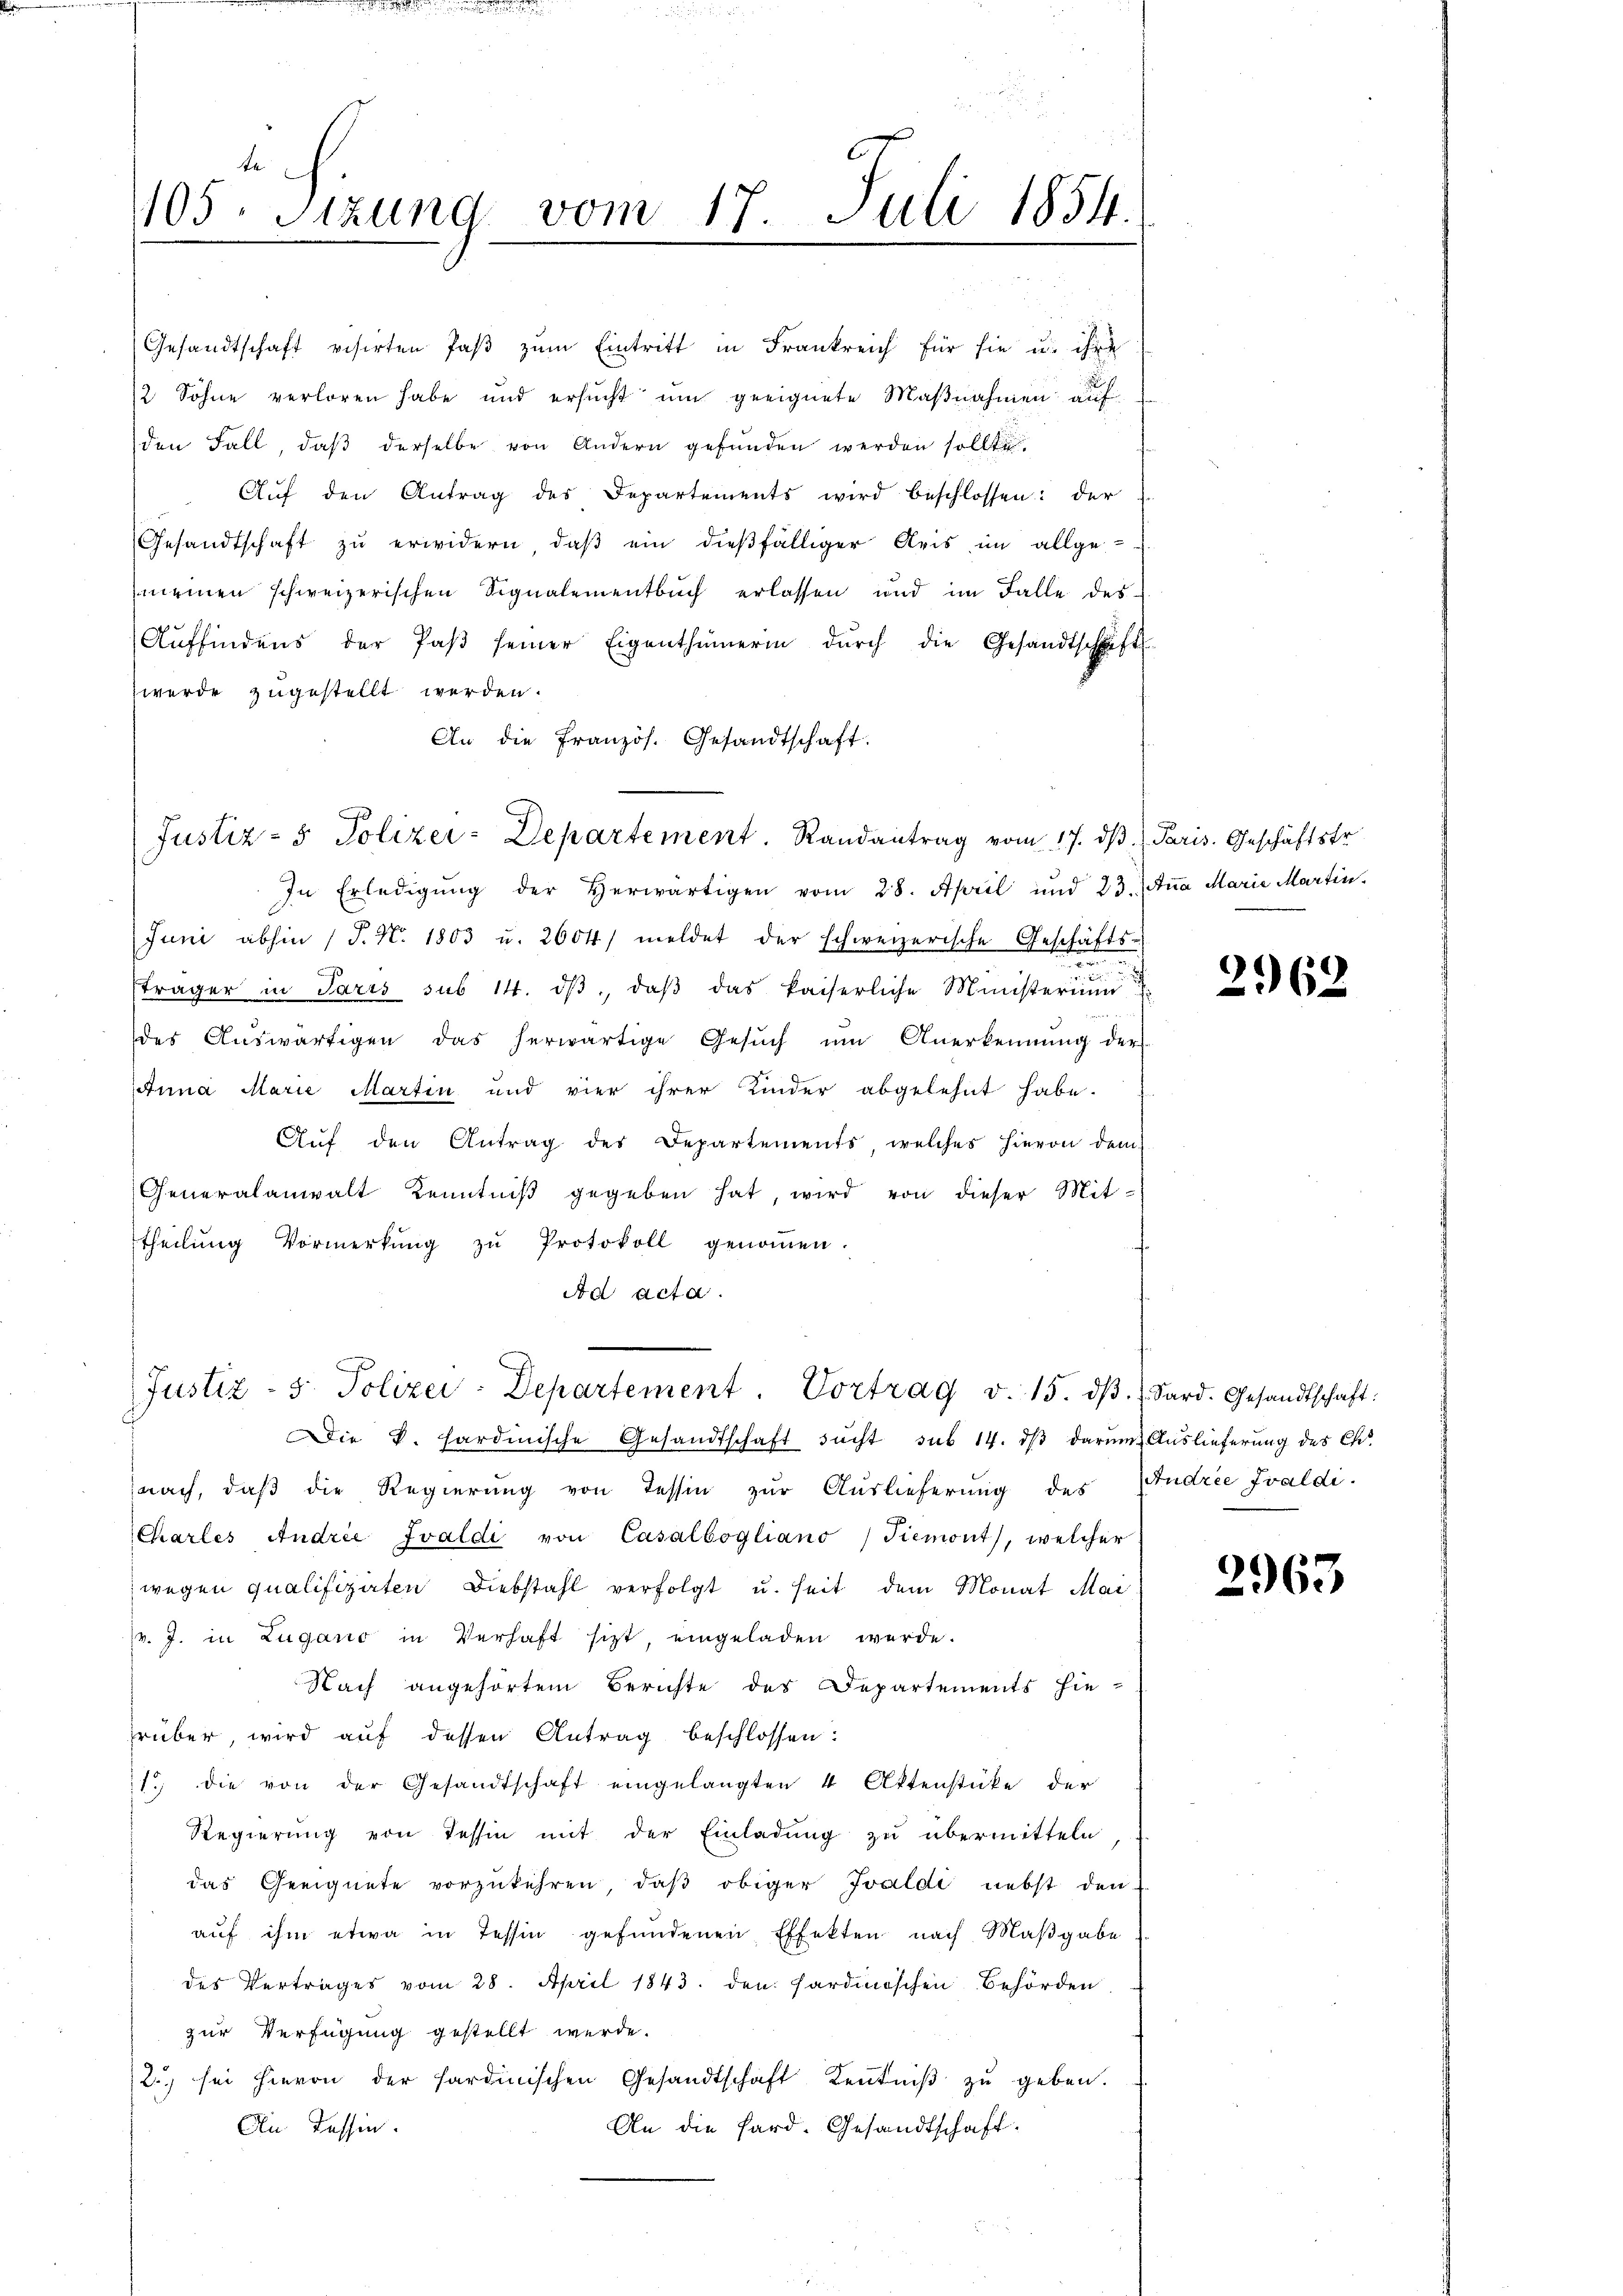
te
105. Sizung vom 17. Juli 1854.
e

An die Französ. Gesandtschaft.
Justiz- & Polizei-Departement. Randantrag vom 17. dβ.  Paris. Geschäftstr.
In Erledigŭng der herwärtigen vom 28. April und 23. Aṅa Marie Martin
Juni abhin 1 S. Nr. 1803 u. 2604/ meldet der schweizerische Geschäfts-
sträger in Paris sub 14. dβ, daβ das kaiserliche Ministerium
des Aŭswärtigen das herwärtige Gesŭch ŭm Anerkennung der
Anna Marie Martin und vier ihrer Kinder abgelehnt habe.
Aŭf den Antrag des Departements, welches hievon dem
Generalanwalt Kenntniß gegeben hat, wird von dieser Mittheilŭng Vormerkŭng zŭ Protokoll genoṁen.
Ad acta.

Gesandtschaft visirten Paß zum Eintritt in Frankreich für sie u. ihre
2 Söhne verloren habe und ersŭcht ŭm geeignete Maβnahmen auf
den Fall, daß derselbe von Andern gefunden werden sollte.
Aŭf den Antrag des Departements wird beschlossen: der
Gesandtschaft zu erwidern, daß ein dießfälliger Reis im allge-
meinen schweizerischen Signalementbuch erlassen und im Falle des
Aŭffindens der Paβ seiner Eigenthümerin dŭrch die Gesandtschrift
werde zugestellt werden.

Justiz - 5. Polizei-Departement. Vortrag v. 15. dβ. (Sard. Gesandtschaft:

Die k. hardinische Gesandtschaft sucht sub 14. dβ darum Auslieferung des Ch
nach, daß die Regierung von Tessin zur Auslieferung des Andrie Fraldi-
Charles Andrie Ivaldi von Casalbogliano, Tiemont, welcher
wegen qualifizirten Diebstahl verfolgt u. seit dem Monat Mai
v. J. in Lugano in Verhaft sitzt, eingeladen werde.
Nach angehörtem Berichte des Departements hie-
rüber, wird aŭf dessen Antrag beschlossen:
1 die von der Gesandtschaft eingelangten 4 Ottenstüke der
Regierung von Tessin mit der Einladung zu übermitteln
das Geeignete vorzukehren, daß obiger Ivaldi nebst den
aŭf ihm etwa in Tessin gefŭndenen Effekten nach Maβgabe
des Vertrages vom 28. April 1843. den Fardinischen Behörden
zur Verfügung gestellt werde.
2) sei hievon der sardinischen Gesandtschaft Keṅtniβ zŭ geben.
An die Sard. Gesandtschaft-
An Tessin.

2962.

2963